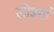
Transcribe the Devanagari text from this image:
लोइयां